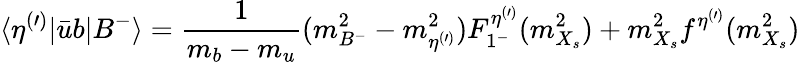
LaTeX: \langle\eta^{(\prime)}|\bar{u}b|B^{-}\rangle={\frac{1}{m_{b}-m_{u}}}(m_{B^{-}}^{2}-m_{\eta^{(\prime)}}^{2})F_{1^{-}}^{\eta^{(\prime)}}(m_{X_{s}}^{2})+m_{X_{s}}^{2}f^{\eta^{(\prime)}}(m_{X_{s}}^{2})